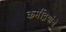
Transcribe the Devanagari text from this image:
कर्मेंद्रियांचे